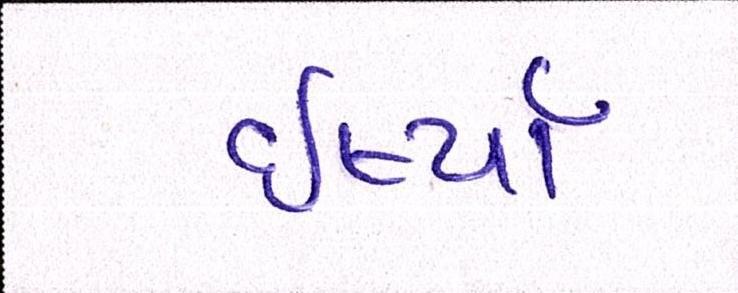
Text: ઈર્ષ્યા